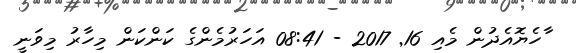
ާހެޔޮއެދުން މެއި 16